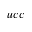
{ u c c }